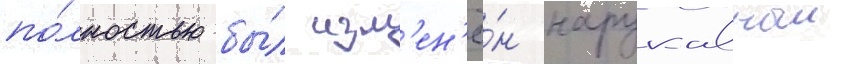
по́лностью бы́л изм'ен'ё́н нарукавныи